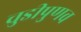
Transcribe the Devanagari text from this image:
चुडीपुणव